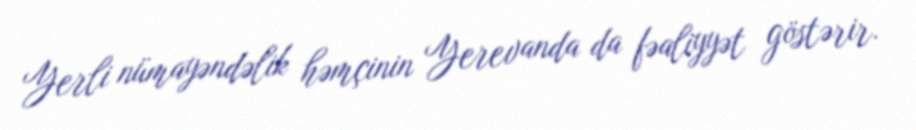
Yerli nümayəndəlik həmçinin Yerevanda da fəaliyyət göstərir.